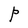
Character: P